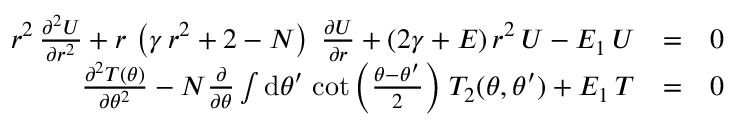
\begin{array} { r l r } { r ^ { 2 } \, { \frac { \partial ^ { 2 } U } { \partial r ^ { 2 } } } + r \, \left( \gamma \, r ^ { 2 } + 2 - N \right) \; { \frac { \partial U } { \partial r } } + ( 2 \gamma + E ) \, r ^ { 2 } \, U - E _ { 1 } \, U } & { = } & { 0 } \\ { { \frac { \partial ^ { 2 } T ( \theta ) } { \partial \theta ^ { 2 } } } - N { \frac { \partial } { \partial \theta } } \int \mathrm { d } \theta ^ { \prime } \; { \cot \left( { \frac { \theta - \theta ^ { \prime } } { 2 } } \right) } \; T _ { 2 } ( \theta , \theta ^ { \prime } ) + E _ { 1 } \, T } & { = } & { 0 } \end{array}